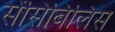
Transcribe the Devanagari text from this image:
सेंसिबिलिस